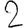
Digit: 2